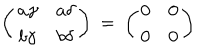
\left( \begin{array} { c c } { { a \gamma } } & { { a \delta } } \\ { { b \gamma } } & { { b \delta } } \\ \end{array} \right) \: = \: \left( \begin{array} { c c } { { 0 } } & { { 0 } } \\ { { 0 } } & { { 0 } } \\ \end{array} \right)